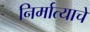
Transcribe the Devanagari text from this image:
निर्मात्याचे